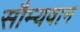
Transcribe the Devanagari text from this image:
सौम्यवान